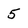
Character: 5